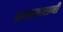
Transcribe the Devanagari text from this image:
कलाकाराणी